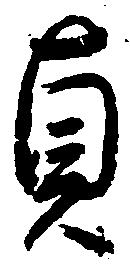
貞